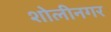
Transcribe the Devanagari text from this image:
शोलीनगर